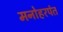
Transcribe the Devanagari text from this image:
मनोहरपंत